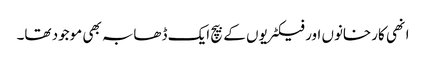
انھی کارخانوں اور فیکٹریوں کے بیچ ایک ڈھابہ بھی موجود تھا۔